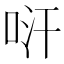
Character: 𠱢